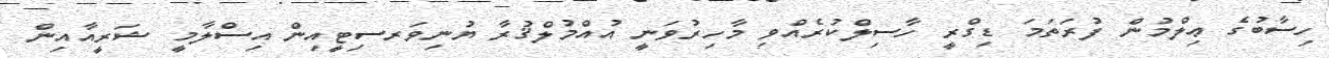
ހިސާބުގެ ޢިލްމުން ފުރަތަމަ ޑިގްރީ ހާސިލްކުރެއްވި މާހިރުވަނީ އުއްމުލްޤުރާ ޔުނިވަރސިޓީއިން އިސްލާމީ ޝަރީއާއިން